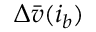
\Delta \bar { v } ( i _ { b } )